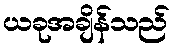
ယခုအချိန်သည်